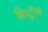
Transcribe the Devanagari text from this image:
हिस्ट्रीया